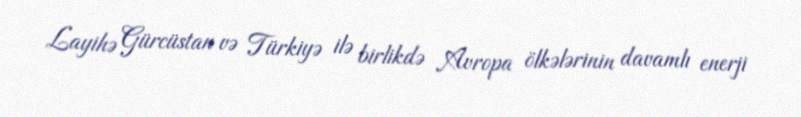
Layihə Gürcüstan və Türkiyə ilə birlikdə Avropa ölkələrinin davamlı enerji